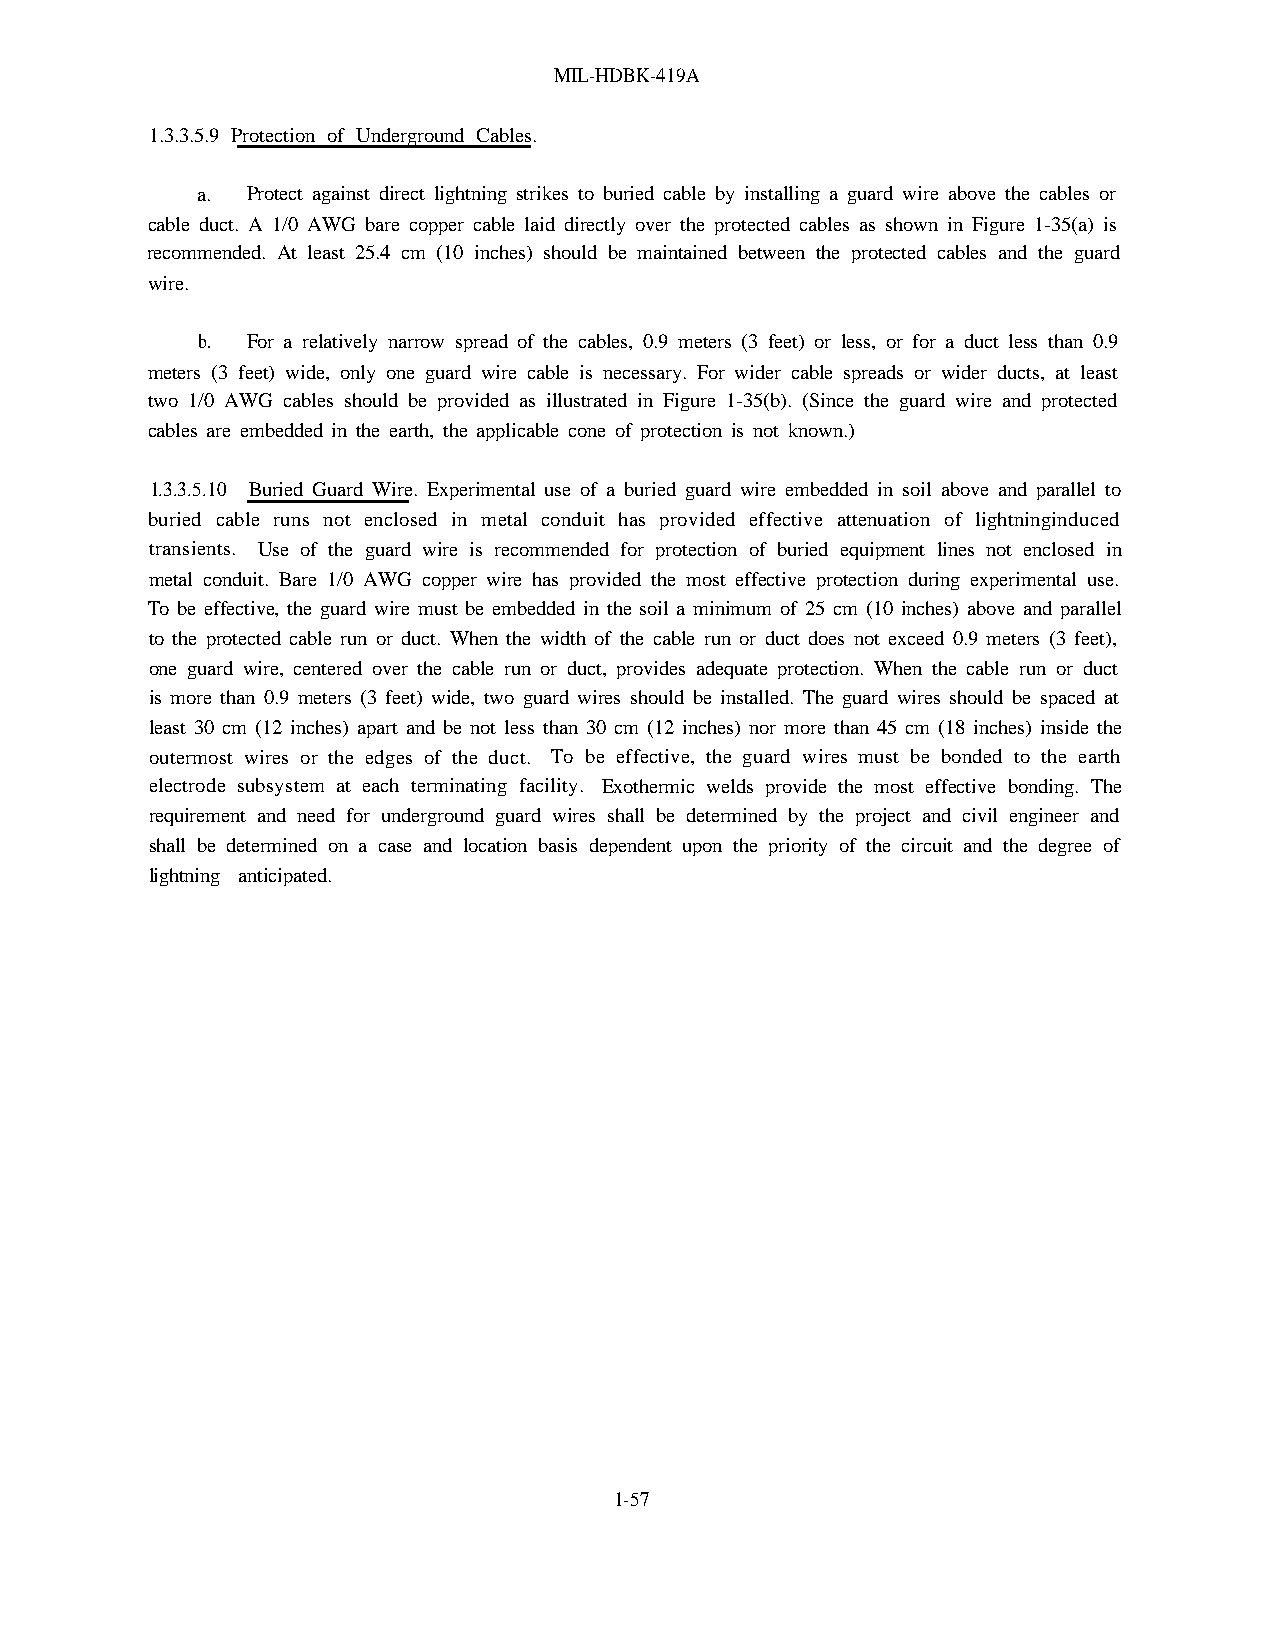
MIL-HDBK-419A
 1.3.3.5.9 Protection of Underground Cables.
 a. Protect against direct lightning strikes to buried cable by installing a guard wire above the cables or
 cable duct. A 1/0 AWG bare copper cable laid directly over the protected cables as shown in Figure 1-35(a) is
 recommended. At least 25.4 cm (10 inches) should be maintained between the protected cables and the guard
 wire.
 b. For a relatively narrow spread of the cables, 0.9 meters (3 feet) or less, or for a duct less than 0.9
 meters (3 feet) wide, only one guard wire cable is necessary. For wider cable spreads or wider ducts, at least
 two 1/0 AWG cables should be provided as illustrated in Figure 1-35(b). (Since the guard wire and protected
 cables are embedded in the earth, the applicable cone of protection is not known.)
 1.3.3.5.10 Buried Guard Wire. Experimental use of a buried guard wire embedded in soil above and parallel to
 buried cable runs not enclosed in metal conduit has provided effective attenuation of lightninginduced
 transients. Use of the guard wire is recommended for protection of buried equipment lines not enclosed in
 metal conduit. Bare 1/0 AWG copper wire has provided the most effective protection during experimental use.
 To be effective, the guard wire must be embedded in the soil a minimum of 25 cm (10 inches) above and parallel
 to the protected cable run or duct. When the width of the cable run or duct does not exceed 0.9 meters (3 feet),
 one guard wire, centered over the cable run or duct, provides adequate protection. When the cable run or duct
 is more than 0.9 meters (3 feet) wide, two guard wires should be installed. The guard wires should be spaced at
 least 30 cm (12 inches) apart and be not less than 30 cm (12 inches) nor more than 45 cm (18 inches) inside the
 outermost wires or the edges of the duct. To be effective, the guard wires must be bonded to the earth
 electrode subsystem at each terminating facility. Exothermic welds provide the most effective bonding. The
 requirement and need for underground guard wires shall be determined by the project and civil engineer and
 shall be determined on a case and location basis dependent upon the priority of the circuit and the degree of
 lightning anticipated.
 1-57